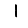
Digit: 1